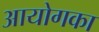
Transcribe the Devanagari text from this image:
आयोगका